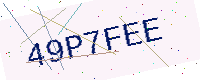
Text: 49P7FEE